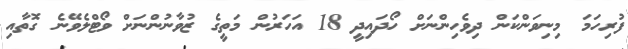
ފުރިހަމަ މިނިވަންކަން ދިވެހިންނަށް ހޯދައިދީ 18 އަހަރުން މަތީގެ ޒުވާނުންނަށް ވޯޓްލެވޭނެ ގޮތާއި